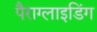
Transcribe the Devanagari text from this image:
पैराग्‍लाइडिंग